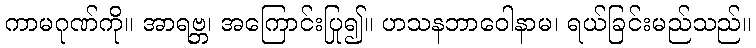
ကာမဂုဏ်ကို။ အာရဗ္ဘ၊ အကြောင်းပြု၍။ ဟသနဘာဝေါနာမ၊ ရယ်ခြင်းမည်သည်။